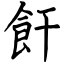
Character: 飦